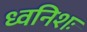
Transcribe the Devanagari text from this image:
ध्वनिशः